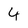
Character: 4